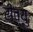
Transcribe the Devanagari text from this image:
रीव्यु